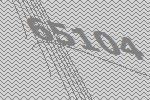
65104